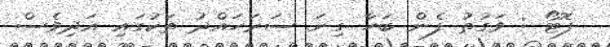
ފޮޓޯ : ވަގުތު ފެން ބަހާ ގިނަ ސަރަހައްދު ތަކުގައި އަދިވެސް